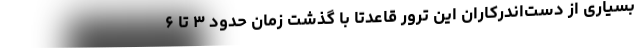
بسیاری از دست‌اندرکاران این ترور قاعدتاً با گذشت زمان حدود ۳ تا ۶